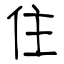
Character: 住